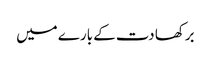
برکھا دت کے بارے میں